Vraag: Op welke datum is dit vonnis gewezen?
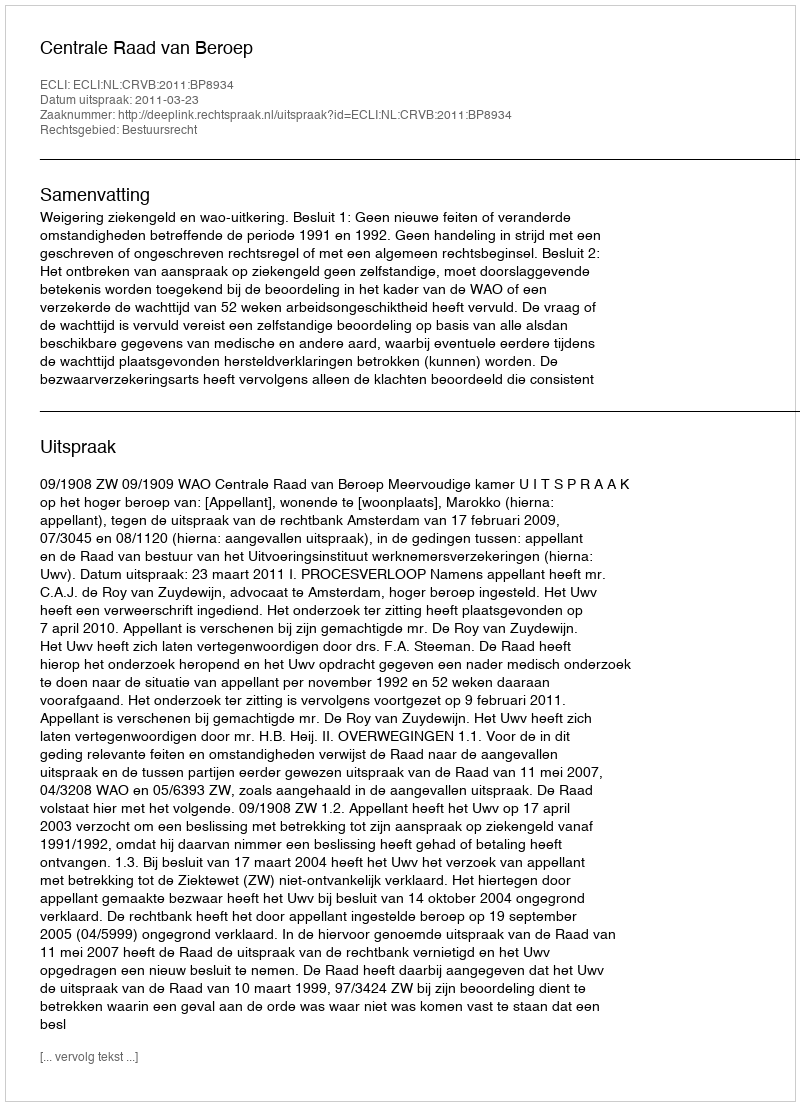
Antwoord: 2011-03-23